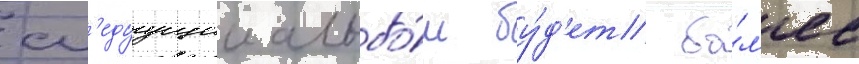
сл'едуущии альбо́м бу́д'ет бо́л'ее